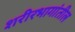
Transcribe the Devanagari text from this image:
शरीरभागांतील